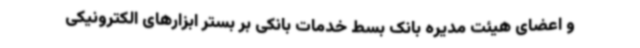
و اعضای هیئت مدیره بانک بسط خدمات بانکی بر بستر ابزارهای الکترونیکی